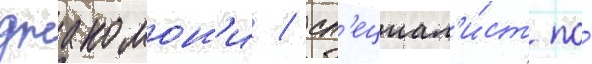
джакомон'и / сп'ециал'и́ст по́